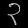
Digit: ၃